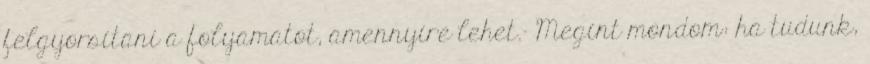
felgyorsítani a folyamatot, amennyire lehet.- Megint mondom: ha tudunk,